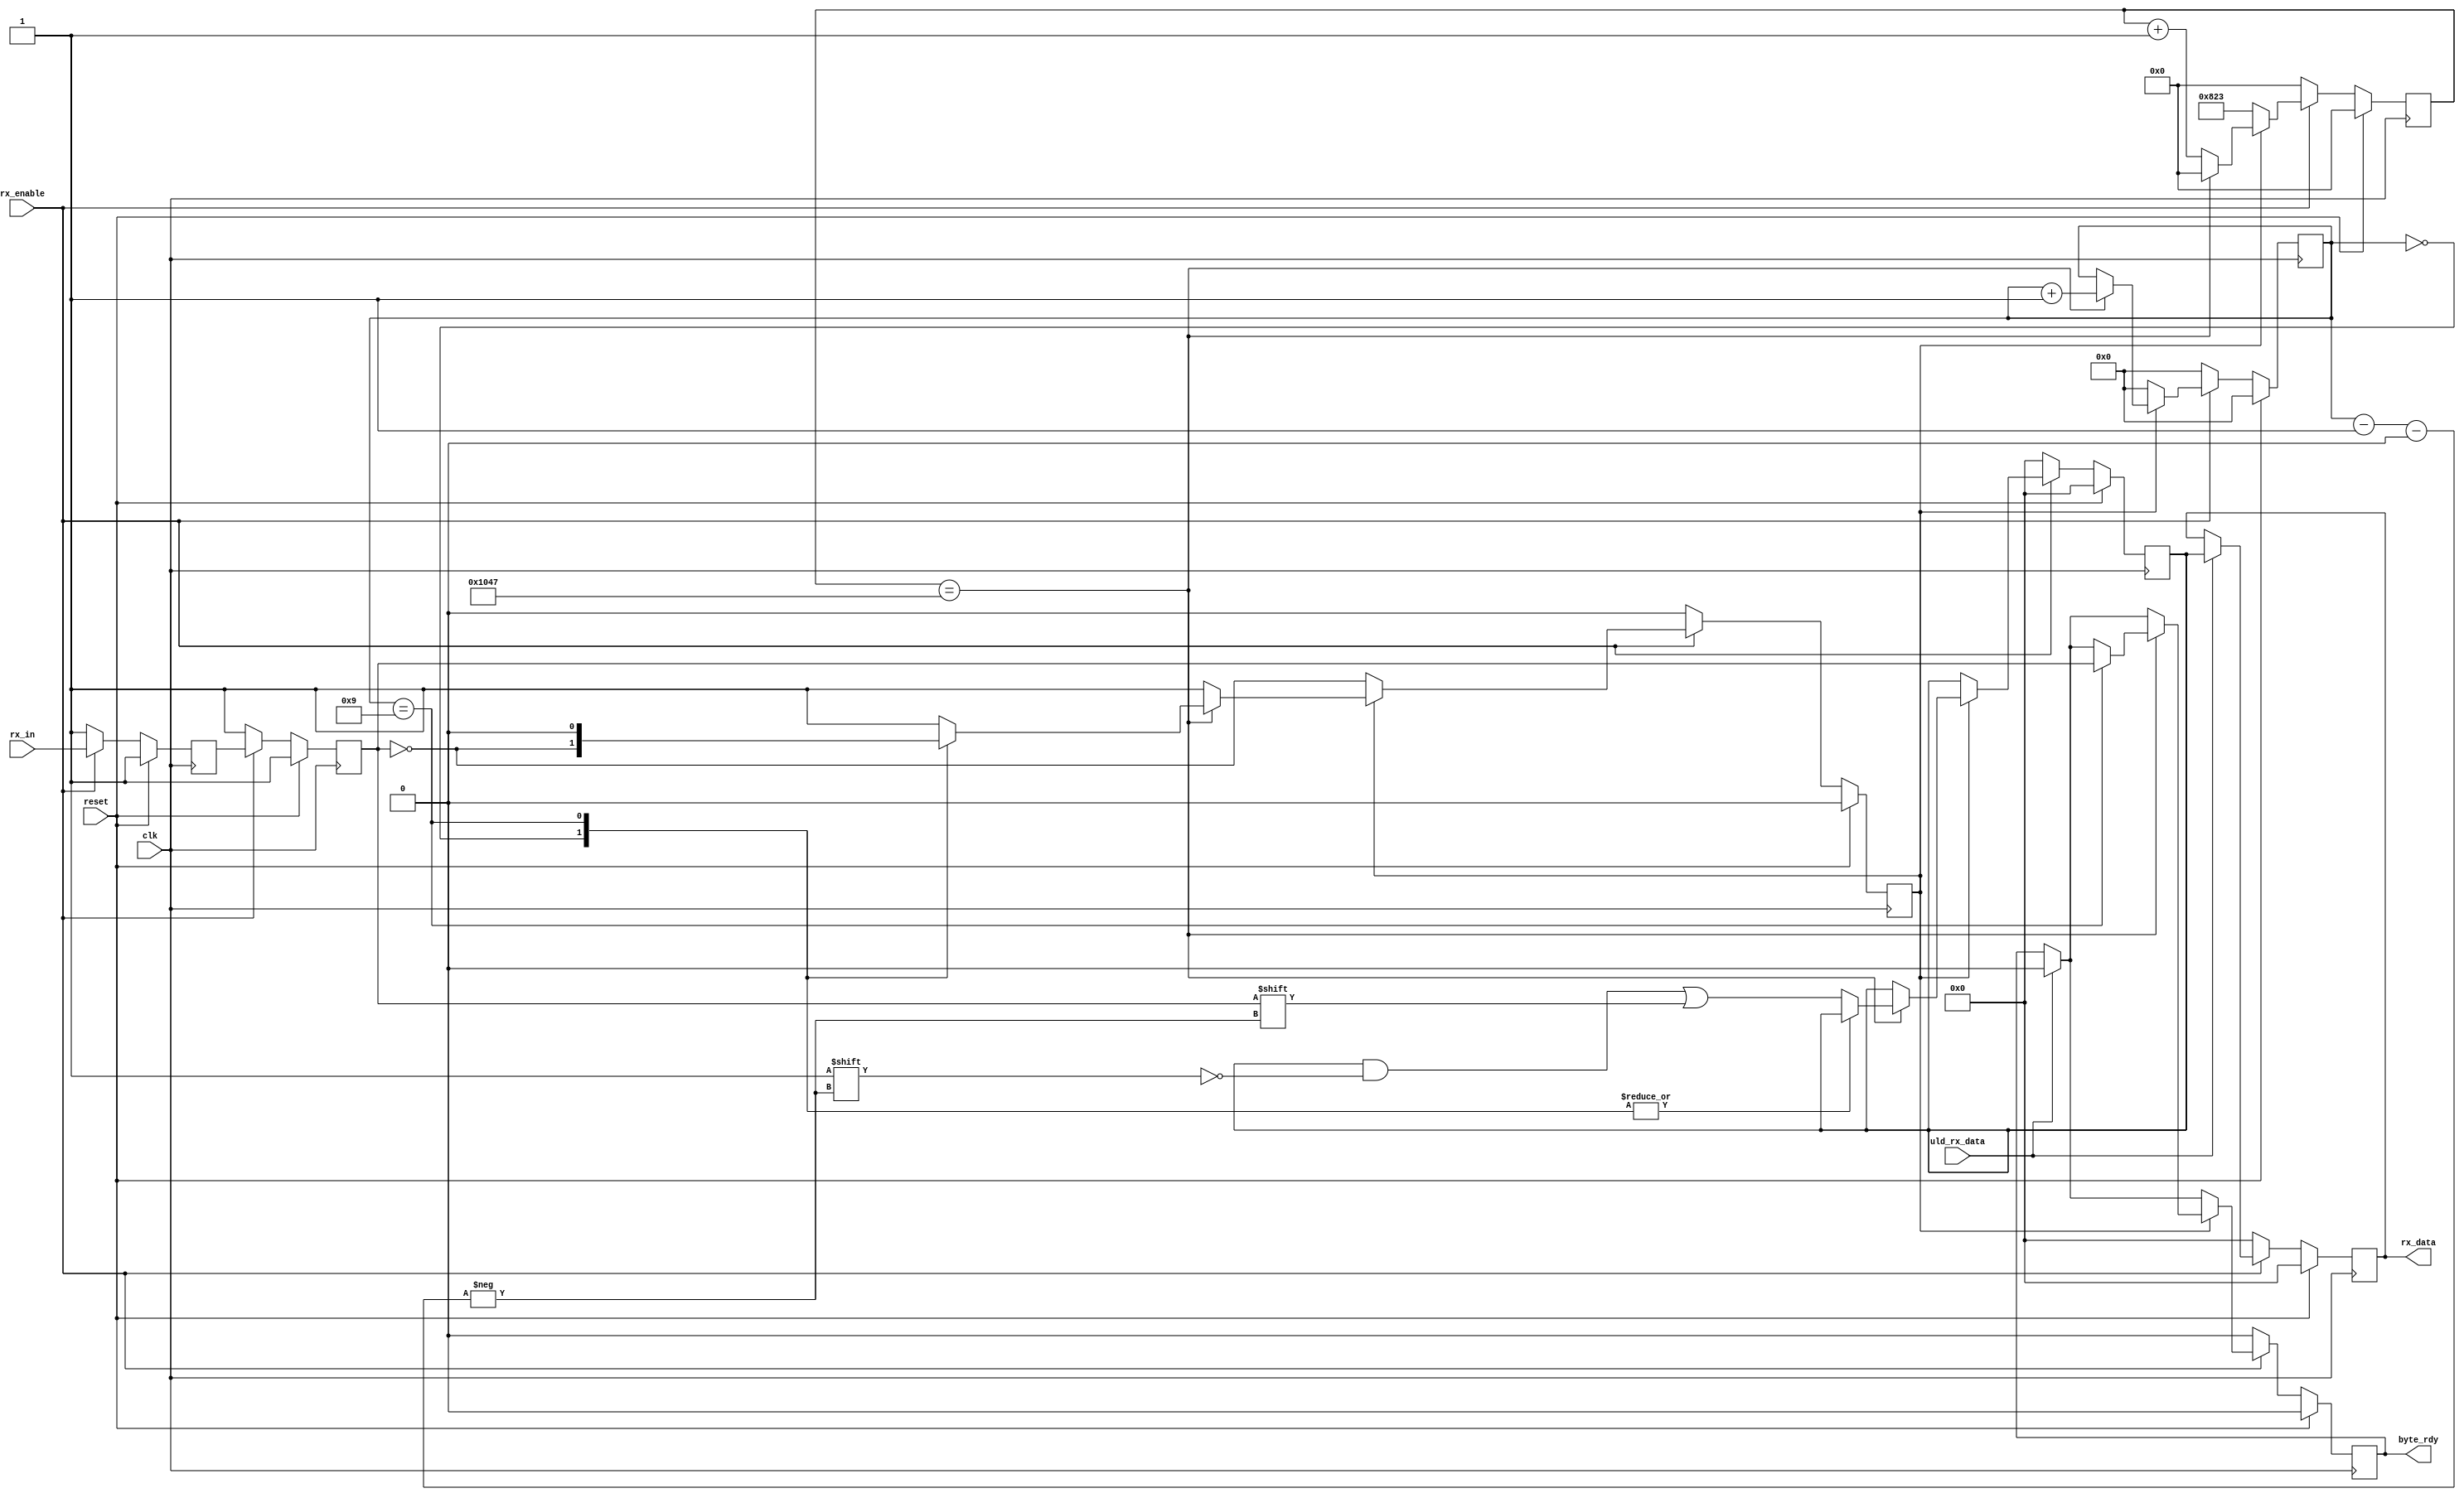
`timescale 1ns / 1ps


// UART wants the LSB first

// RX modified to accept 40 MHz clock and receive at 115200 bps
// Note 40e6 / 115200 = 347.2222 and 347.2 / 2 = 173.6  ~= 174 cycles

// For 460800
// 40e6 / 460800 = 86.8 and 86.8 / 2 =~= 43

// For 230400
// 40e6 / 230400 = 173.6 and 173.6/2 = 86.8

// Modified for 460800 baud rate

module uart2_rx #(parameter WIDTH = 8, parameter real BAUD = 9600) (	
	input reset,
	input clk,
	input uld_rx_data,
	output reg [WIDTH-1:0] rx_data = {WIDTH{1'b0}},
	input rx_enable,
	input rx_in,
	output reg byte_rdy = 1'b0
);

//parameter ML505 = 0; //default to 0 if not specified
//parameter BAUD = 9600; // default to 9600 Baud

//Variable/custom Baud rate little-endian 8N1 UART-RX 

`ifdef ML505 localparam real CLK_FREQ = 100e6;
`else localparam real CLK_FREQ = 40e6;
`endif

localparam BAUD_CNT_SIZE = bits_to_fit(CLK_FREQ/BAUD);
localparam BIT_CNT_SIZE = bits_to_fit(WIDTH+2);

localparam [BAUD_CNT_SIZE-1:0] FRAME_WIDTH = CLK_FREQ/BAUD;
localparam [BAUD_CNT_SIZE-1:0] FRAME_MIDPOINT = FRAME_WIDTH/2;


// Internal registers
reg [WIDTH-1:0]    rx_reg = {WIDTH{1'b0}};
reg [BAUD_CNT_SIZE-1:0]    rx_sample_cnt = {BAUD_CNT_SIZE{1'b0}};
reg [BIT_CNT_SIZE-1:0]    rx_cnt = {BIT_CNT_SIZE{1'b0}};  
(* ASYNC_REG = "true" *) reg          rx_da = 1'b1, rx_db = 1'b1;
reg          rx_busy = 1'b0;

// UART RX Logic
always @ (posedge clk) begin
	if (reset) begin
		rx_reg        <= {WIDTH{1'b0}}; 
		rx_data       <= {WIDTH{1'b0}};
		rx_sample_cnt <= {BAUD_CNT_SIZE{1'b0}};
		rx_cnt        <= {BIT_CNT_SIZE{1'b0}};
		byte_rdy		  <= 1'b0;
		rx_da        <= 1'b1;
		rx_db         <= 1'b1;
		rx_busy       <= 1'b0;
	end else begin // if (~reset)
		if (rx_enable) begin // Receive data only when rx is enabled
			// Synchronize the asynch signal
			rx_da <= rx_in;
			rx_db <= rx_da;
			
			rx_data <= (uld_rx_data) ? rx_reg : rx_data;
			/*if (uld_uart_data) begin // drive ouputs first
				byte_rdy <= 1'b0;
				//else byte_rdy <= byte_recd;
				//byte_rdy <= (uld_uart_data) ? 
				
			end else if (rx_busy) begin //drive logic, counters etc*/
			
			if (rx_busy) begin //drive logic, counters etc
				if (rx_sample_cnt == FRAME_WIDTH) begin 
					rx_sample_cnt <= {BAUD_CNT_SIZE{1'b0}};
					rx_cnt <= rx_cnt + 1;
					case (rx_cnt)
						{BIT_CNT_SIZE{1'b0}}: begin
							rx_busy <= ~rx_db;
							byte_rdy <= (uld_rx_data) ? 1'b0 : byte_rdy;
							end
						WIDTH+1: begin
							rx_busy <= 1'b0;
							byte_rdy <= rx_db;
							end
						default: begin
							rx_reg[rx_cnt - 1'b1] <= rx_db;
							byte_rdy <= (uld_rx_data) ? 1'b0 : byte_rdy;
							end
					endcase
				end else begin
					rx_sample_cnt <= rx_sample_cnt + 1'b1;
					byte_rdy <= (uld_rx_data) ? 1'b0 : byte_rdy;
				end
			end else begin //if (~rx_busy)
				rx_busy <= ~rx_db;
				rx_sample_cnt <= FRAME_MIDPOINT;
				rx_cnt        <= 1'b0;	 
				byte_rdy <= (uld_rx_data) ? 1'b0 : byte_rdy;
				//rx_reg <= 8'd0;
			end // if (~rx_busy)
		end else begin // if (~rx_enable)
			rx_reg        <= {WIDTH{1'b0}}; 
			rx_data       <= {WIDTH{1'b0}};
			rx_sample_cnt <= {BAUD_CNT_SIZE{1'b0}};
			rx_cnt        <= {BIT_CNT_SIZE{1'b0}};
			byte_rdy		  <= 1'b0;
			rx_da         <= 1'b1;
			rx_db         <= 1'b1;
			rx_busy       <= 1'b0;	
		end	// if (~rx_enable)	
	end //if (~reset)		
end //always
		
function integer clog2;
input integer value;
begin
	value = value-1;
	for (clog2=0; value>0;clog2=clog2+1)
		value = value>>1;
end
endfunction

function integer bits_to_fit;
  input [31:0] value;
  for (bits_to_fit=0; value>0; bits_to_fit=bits_to_fit+1)
    value = value >> 1;
endfunction
		
endmodule